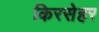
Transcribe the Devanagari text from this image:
किरसेहर